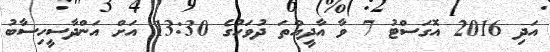
އަދި 2016 އޮގަސްޓު 7 ވާ އާދީއްތަަ ދުވަހުގެ 13:30 އަށް އަންދާސީހިސާބު